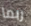
ربما